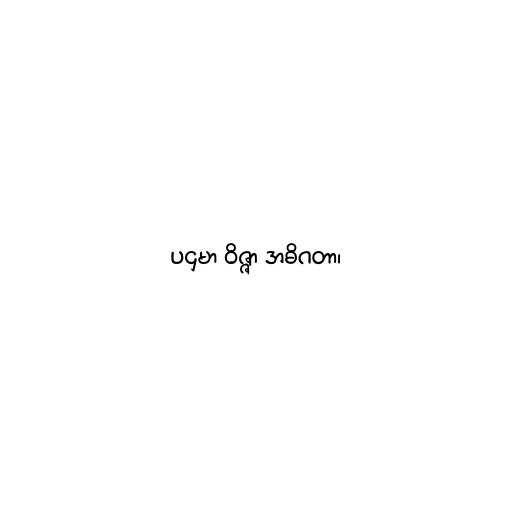
ပဌမာ ဝိဇ္ဇာ အဓိဂတာ၊